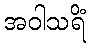
အဝါသရိံ